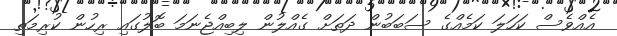
އެއްވެސް ކަހަލަ ކަމެއްގެ ސަބަބުން ދަތަށް ގެއްލުން ލިބިއްޖެނަމަ ބޮލުގައި ރިހުން ކުރިމަތި